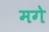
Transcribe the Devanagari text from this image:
मगे